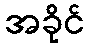
အခိုင်